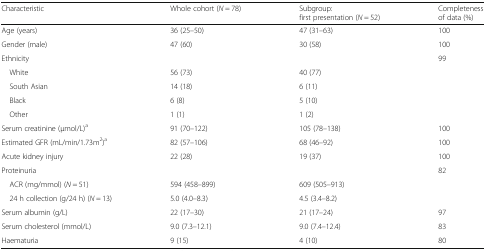
| Characteristic | Whole cohort (N = 78) | Subgroup:first presentation (N = 52) | Completenessof data (%) |
 | --- | --- | --- | --- |
 | Age (years) | 36 (25–50) | 47 (31–63) | 100 |
 | Gender (male) | 47 (60) | 30 (58) | 100 |
 | Ethnicity |  |  | 99 |
 | White | 56 (73) | 40 (77) |  |
 | South Asian | 14 (18) | 6 (11) |  |
 | Black | 6 (8) | 5 (10) |  |
 | Other | 1 (1) | 1 (2) |  |
 | Serum creatinine (μmol/L)a | 91 (70–122) | 105 (78–138) | 100 |
 | Estimated GFR (mL/min/1.73m2)a | 82 (57–106) | 68 (46–92) | 100 |
 | Acute kidney injury | 22 (28) | 19 (37) | 100 |
 | Proteinuria |  |  | 82 |
 | ACR (mg/mmol) (N = 51) | 594 (458–899) | 609 (505–913) |  |
 | 24 h collection (g/24 h) (N = 13) | 5.0 (4.0–8.3) | 4.5 (3.4–8.2) |  |
 | Serum albumin (g/L) | 22 (17–30) | 21 (17–24) | 97 |
 | Serum cholesterol (mmol/L) | 9.0 (7.3–12.1) | 9.0 (7.4–12.4) | 83 |
 | Haematuria | 9 (15) | 4 (10) | 80 |